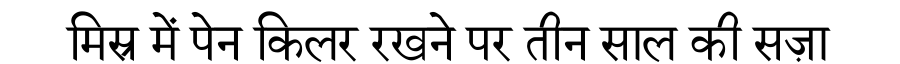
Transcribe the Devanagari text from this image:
मिस्र में पेन किलर रखने पर तीन साल की सज़ा